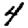
Digit: 4